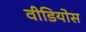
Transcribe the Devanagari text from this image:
वीडियोस